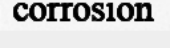
corrosion